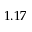
1 . 1 7